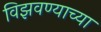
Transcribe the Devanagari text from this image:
विझवण्याच्या